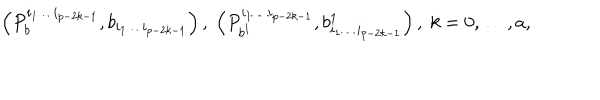
LaTeX: \left( P _ { b } ^ { i _ { 1 } \ldots i _ { p - 2 k - 1 } } , b _ { i _ { 1 } \ldots i _ { p - 2 k - 1 } } \right) , \; \left( P _ { b ^ { 1 } } ^ { i _ { 1 } \ldots i _ { p - 2 k - 1 } } , b _ { i _ { 1 } \ldots i _ { p - 2 k - 1 } } ^ { 1 } \right) , \; k = 0 , \ldots , a ,